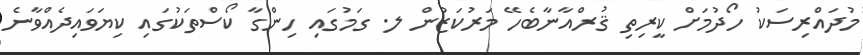
މުދައްރިސަކު ހޯދުމަށް ކީރިތި ޤުރްއާނާބެހޭ މަރުކަޒުން ލ. ގަމުގައި ހިންގާ ކޯސްތަކުގައި ކިޔަވައިދެއްވާނެ